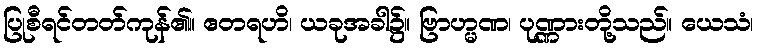
ပြုစီရင်တတ်ကုန်၏။ ဧတရဟိ၊ ယခုအခါ၌။ ဗြာဟ္မဏ၊ ပုဏ္ဏားတို့သည်။ ယေသံ၊